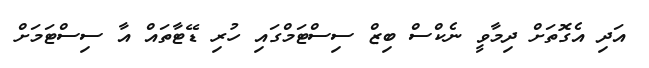
އަދި އެގޮތަށް ދިމާވީ ނެކްސް ބިޒް ސިސްޓަމްގައި ހުރި ޑޭޓާތައް އާ ސިސްޓަމަށް